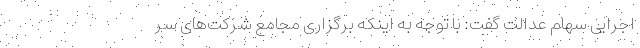
اجرایی سهام عدالت گفت: با توجه به اینکه برگزاری مجامع شرکت‌های سر